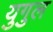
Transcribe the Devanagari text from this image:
युगुल